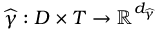
\widehat { \gamma } : D \times T \rightarrow \mathbb { R } ^ { d _ { \widehat { \gamma } } }